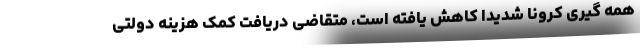
همه گیری کرونا شدیدا کاهش یافته است، متقاضی دریافت کمک هزینه دولتی